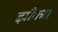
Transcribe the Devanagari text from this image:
झाँका।